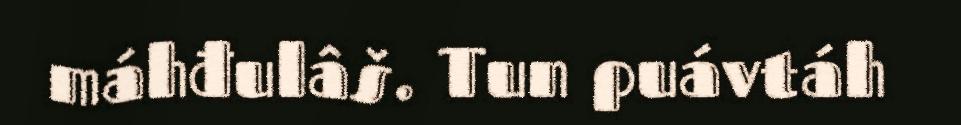
máhđulâš. Tun puávtáh